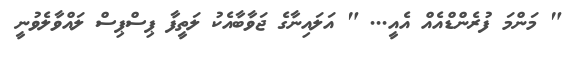
" މަންމަ ފުރެންޑްއެއް އެއީ... " އަލައިނާގެ ޖަވާބާއެކު ލަތީފާ ޕިސްޕިސް ލައްވާލެވުނީ